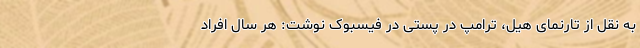
به نقل از تارنمای هیل، ترامپ در پستی در فیسبوک نوشت: هر سال افراد